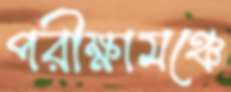
পরীক্ষামঞ্চে